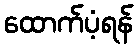
ထောက်ပံ့ရန်